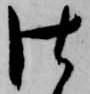
仕